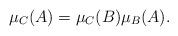
LaTeX: \begin{align*}\mu_C(A) = \mu_C(B) \mu_B(A).\end{align*}